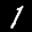
Label: 1